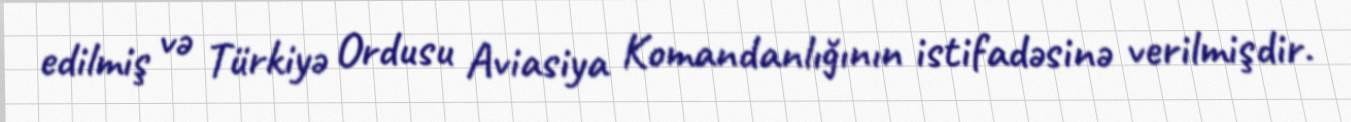
edilmiş və Türkiyə Ordusu Aviasiya Komandanlığının istifadəsinə verilmişdir.